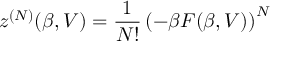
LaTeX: z ^ { ( N ) } ( \beta , V ) = \frac { 1 } { N ! } \left( - \beta F ( \beta , V ) \right) ^ { N }